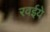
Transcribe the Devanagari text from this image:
रवईये